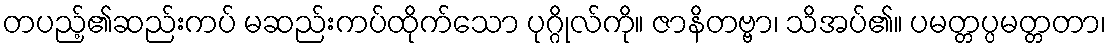
တပည့်၏ဆည်းကပ် မဆည်းကပ်ထိုက်သော ပုဂ္ဂိုလ်ကို။ ဇာနိတဗ္ဗာ၊ သိအပ်၏။ ပမတ္တပ္ပမတ္တတာ၊